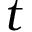
t